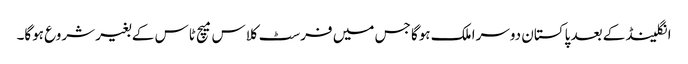
انگلینڈ کے بعد پاکستان دوسرا ملک ہوگا جس میں فرسٹ کلاس میچ ٹاس کے بغیر شروع ہوگا۔